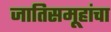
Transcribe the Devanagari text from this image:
जातिसमूहांचा